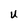
Character: u